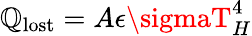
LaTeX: \mathbb{Q}_{\mathrm{{lost}}}=A\epsilon\sigmaT_{H}^{4}